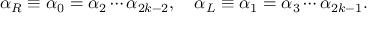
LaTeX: \alpha _ { R } \equiv \alpha _ { 0 } = \alpha _ { 2 } \cdots \alpha _ { 2 k - 2 } , \quad \alpha _ { L } \equiv \alpha _ { 1 } = \alpha _ { 3 } \cdots \alpha _ { 2 k - 1 } .